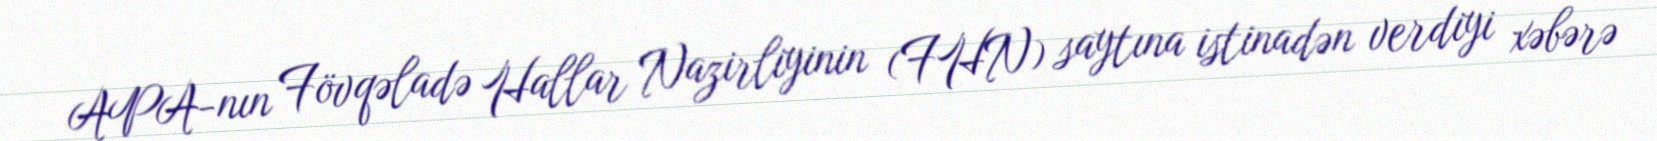
APA-nın Fövqəladə Hallar Nazirliyinin (FHN) saytına istinadən verdiyi xəbərə